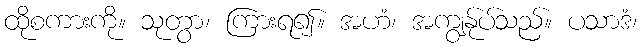
ထိုစကားကို။ သုတွာ၊ ကြားရ၍။ အဟံ၊ အကျွန်ုပ်သည်။ ပသာဒံ၊